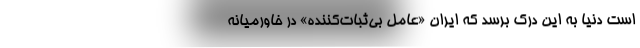
است دنیا به این درک برسد که ایران «عامل بی‌ثبات‌کننده» در خاورمیانه